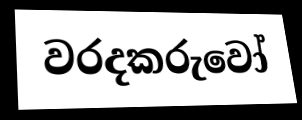
වරදකරුවෝ